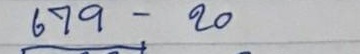
679 - 20